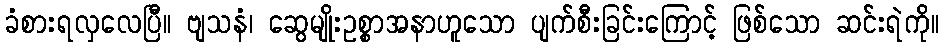
ခံစားရလှလေပြီ။ ဗျသနံ၊ ဆွေမျိုးဥစ္စာအနာဟူသော ပျက်စီးခြင်းကြောင့် ဖြစ်သော ဆင်းရဲကို။